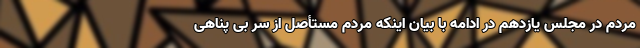
مردم در مجلس یازدهم در ادامه با بیان اینکه مردم مستأصل از سر بی پناهی